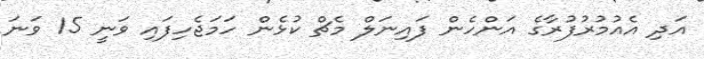
އަދި އެއުމުރުފުރާގެ އަންހެން ފައިނަލް މެޗް ކުޅެން ހަމަޖެހިފައި ވަނީ 15 ވަނަ